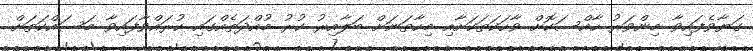
ގަޔާވެފައިވާ މިންވަރު ހާއްސަކޮށް ވާހަކަތަކަށާއި މިހާތަނަށް ބަލާއިރު ކުރު މުއްދަތެއްގައި ކުރައްވާފައިވާ މަސައްކަތަށް